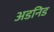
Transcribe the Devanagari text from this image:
अडनिड